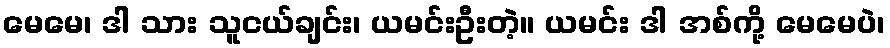
မေမေ၊ ဒါ သား သူငယ်ချင်း၊ ယမင်းဦးတဲ့။ ယမင်း ဒါ အစ်ကို့ မေမေပဲ၊